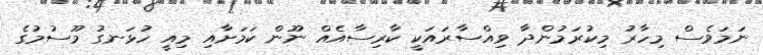
ނަމަވެސް މިހާރު މިކުރަމުންދާ ވިއްސާރައަކީ ކާރިސާއެއް ނޫން ކަމަށާއި މިއީ ހުޅަނގު މޫސުމުގެ